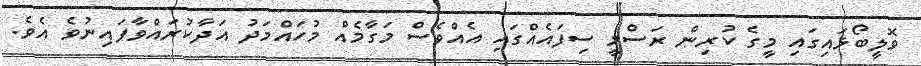
ވޮލީބޯޅައިގައި މީގެ ކުރިން ރަސްމީ ސިފައެއްގައި އެއްވެސް މަގާމެއް މުހައްމަދު އަދާކުރައްވާފައިނުވެ އެވެ.